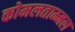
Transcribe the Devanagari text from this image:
कोमलताम्मल